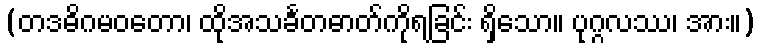
(တဒဓိဂမဝတော၊ ထိုအသင်္ခတဓာတ်ကိုရခြင်း ရှိသော။ ပုဂ္ဂလဿ၊ အား။)